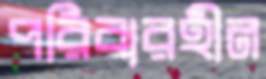
পরিবারহীন